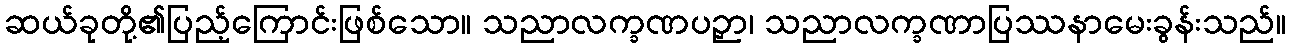
ဆယ်ခုတို့၏ပြည့်ကြောင်းဖြစ်သော။ သညာလက္ခဏပဉှာ၊ သညာလက္ခဏာပြဿနာမေးခွန်းသည်။